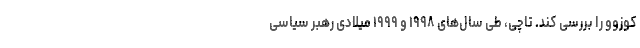
کوزوو را بررسی کند. تاچی، طی سال‌های ۱۹۹۸ و ۱۹۹۹ میلادی رهبر سیاسی